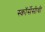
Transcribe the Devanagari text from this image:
स्कॉर्सेसीची